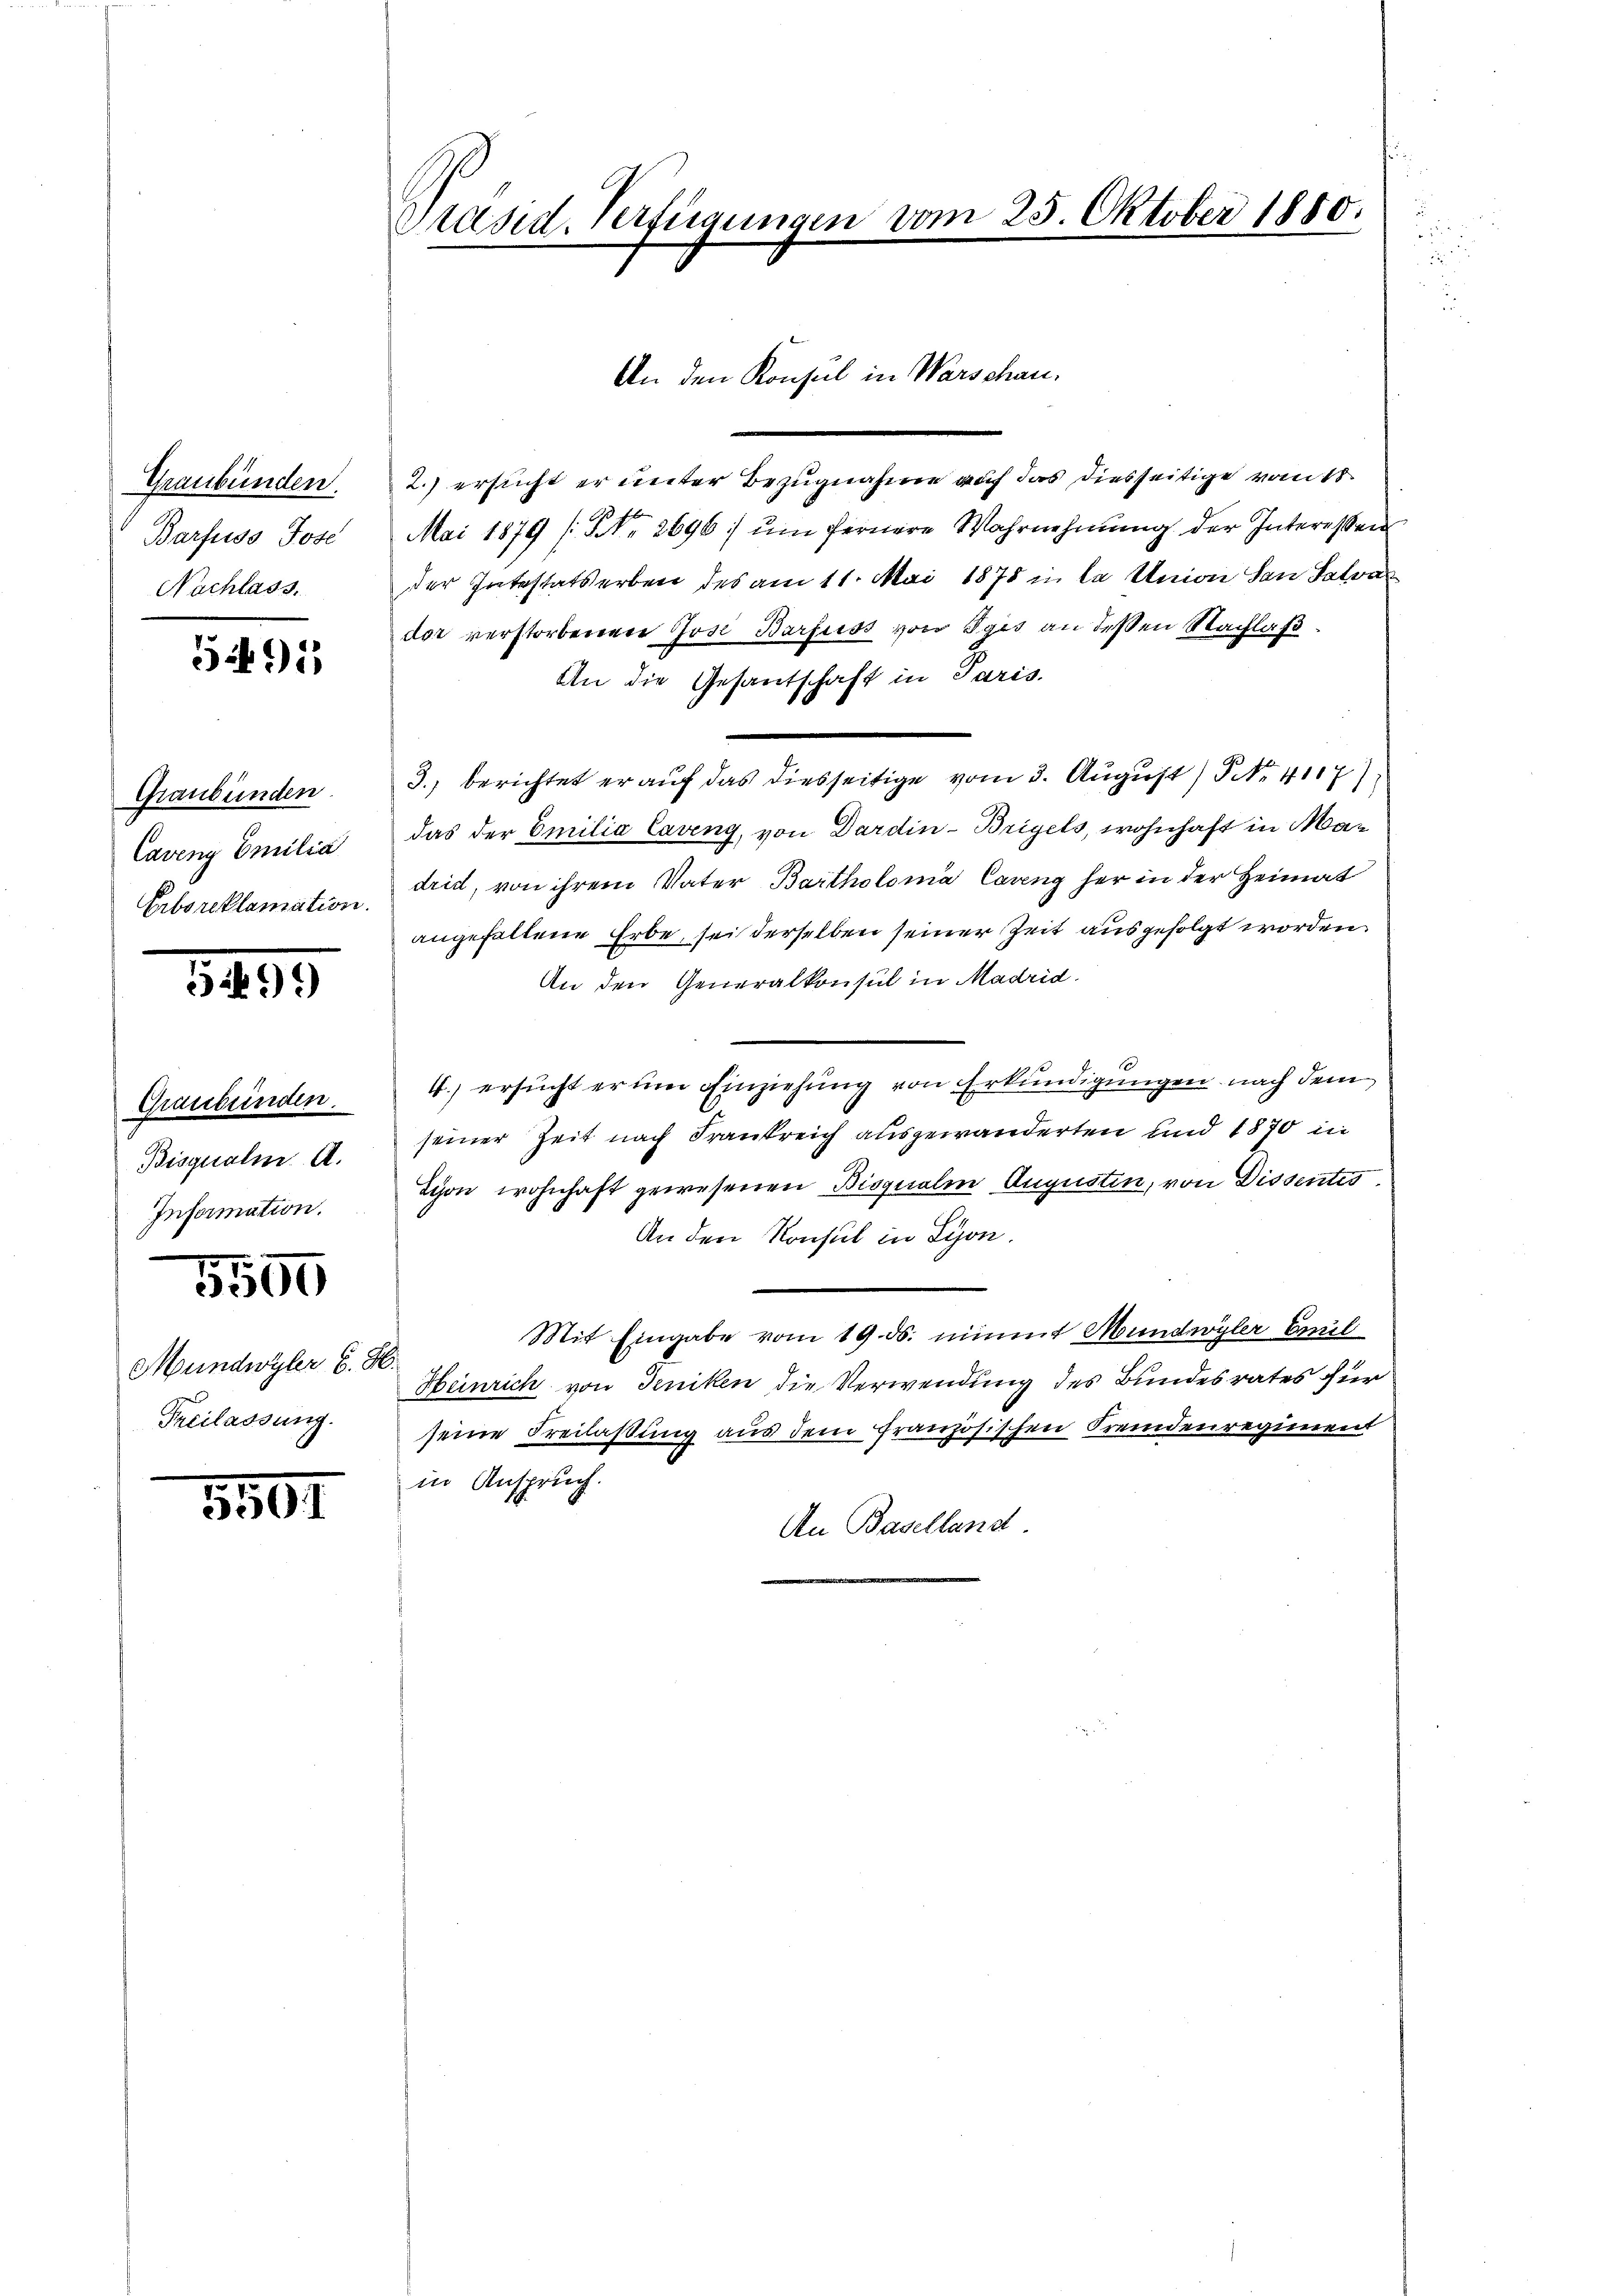
Graubünden.
Barfuss Jose
Nachlass.

591

Graubünden.
Caveny Emilia
Erbsreklamation.

3899

Graubünden.
Bisquali. A.
Information.

5500

Mundwyler 6. d.
Freilassung.

3567

Präsid. Verfügungen vom 25. Oktober 1850.

2.) ersucht er unter Bezugnahme auf das diesseitige von 1
Mai 1879 (Nr. 2696: ŭm fernere Wahrnehmung der Interessen
der Intestatserben des am 11. Mai 1875 in la Union den Sava
dor verstorbenen Jose Barfuss von Egis an dessen Nachlaß
An die Gesantschaft in Paris.
3. berichtet er auf das diesseitige vom 3. August) P. Nr. 417
1
das der Emilia Caveng, von Dardin-Briyels, wohnhaft in Mar
drid, von ihrem Vater Bartholoma Carng her in der Heimat
angefallene Erbe, sei derselben seiner Zeit ausgefolgt worden.
An den Generalkonsul in Madrid.
6
4.) ersucht er um Einziehung von Erkundigungen nach dem
seiner Zeit nach Frankreich ausgewanderten und 1870 in
Schon wohnhaft gewesenen Bisqualin Augusten, von Dissentes
An den Konsul in Lyon.
Mit Eingabe vom 19. ds. nimmt Mundwyler Emil
Heinrich von Jeniken die Verwendung des Bundesrates für
seine Freilaßung aus dem französischen Fremdenregiment
in Anspruch.
An Baselland.

An den Konsul in Warschau¬